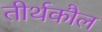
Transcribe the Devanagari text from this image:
तीर्थकौल